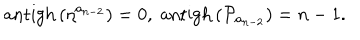
LaTeX: \mathrm { a n t i g h } \left( \eta ^ { a _ { n - 2 } } \right) = 0 , \; \mathrm { a n t i g h } \left( \mathcal { P } _ { a _ { n - 2 } } \right) = n - 1 .